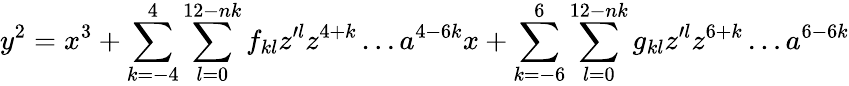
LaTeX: y^{2}=x^{3}+\sum_{k=-4}^{4}\sum_{l=0}^{12-nk}f_{kl}z^{\prime l}z^{4+k}\ldots a^{4-6k}x+\sum_{k=-6}^{6}\sum_{l=0}^{12-nk}g_{kl}z^{\prime l}z^{6+k}\ldots a^{6-6k}